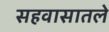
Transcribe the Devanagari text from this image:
सहवासातले